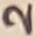
Text: 2